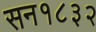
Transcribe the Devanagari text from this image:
सन१८३२